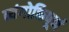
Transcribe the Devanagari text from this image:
व्यंगोक्तिपूर्ण